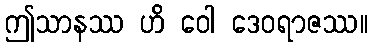
ဤသာနဿ ဟိ ဝေါ ဒေဝရာဇဿ။